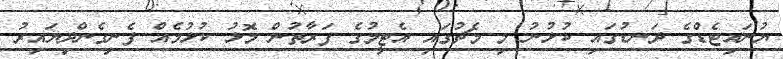
ޔުނައިޓެޑްގެ ދަނޑުގައި ކުޅުނު މި މެޗުގައި އެޓީމުގެ ފަރާތުން މޮޅު ކުޅުމެއް ފެނިގެންދިޔައިރު